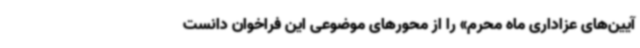
آیین‌های عزاداری ماه محرم» را از محورهای موضوعی این فراخوان دانست